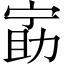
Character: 𫦵